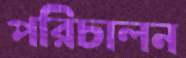
পরিচালন